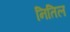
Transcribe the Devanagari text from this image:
नितिल